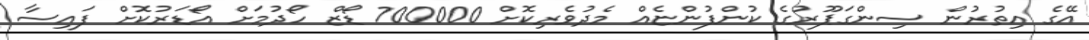
އޭގެ އިތުުރުން ސިންގަޕޫރުގެ ކުންފުންޏެއް މެދުވެރިކޮށް 700000 ޑޯޒް ހޯދުމަށް އޯޑަރުކޮށް ފައިސާ